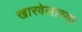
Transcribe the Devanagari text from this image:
खारवेलाच्या